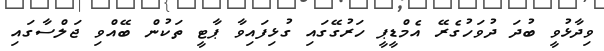
ވިދާޅުވީ ބުދަ ދުވަހުގެރޭ އެމްޑީޕީ ހަރުގޭގައި ގުޅިފައިވާ ޕާޓީ ތަކުން ބޭއްވި ޖަލްސާގައި